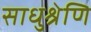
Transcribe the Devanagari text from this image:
साधुश्रेणि